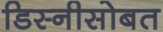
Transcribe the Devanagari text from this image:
डिस्नीसोबत